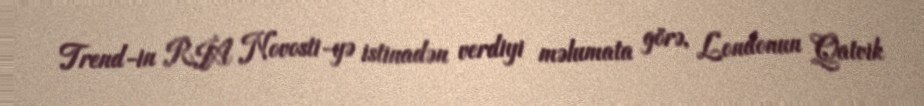
Trend-in RİA Novosti-yə istinadən verdiyi məlumata görə, Londonun Qatvik